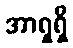
အာရှရှိ